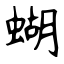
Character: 蝴